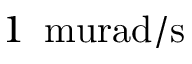
1 \, \mathrm { \ m u r a d / s }